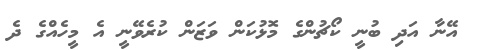
އޭނާ އަދި ބުނީ ކޯޗުންގެ މޮޅުކަން ވަޒަން ކުރެވޭނީ އެ މީހެއްގެ ދެ